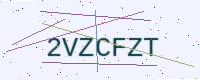
Text: 2VZCFZT